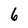
Character: 6